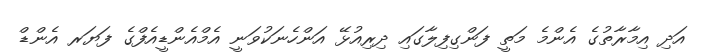
އަދި އިމާރާތުގެ އެންމެ މަތީ ފަންގިފިލާގައި ދިރިއުޅޭ އަންހެނަކުވަނީ އެމްއެންޑީއެފްގެ ފަޔަރ އެންޑް